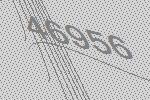
46956